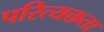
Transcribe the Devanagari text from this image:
परित्यक्तता